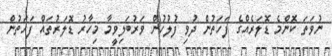
ނުވަތަ ކޮންމެ ޑޮލަރެއްގެ ފަހަތުން ދުވި ފުލުހުން ވަރުބަލިވީމާ މިހާރު ޑޮލަރުތައް ފަހަތުން